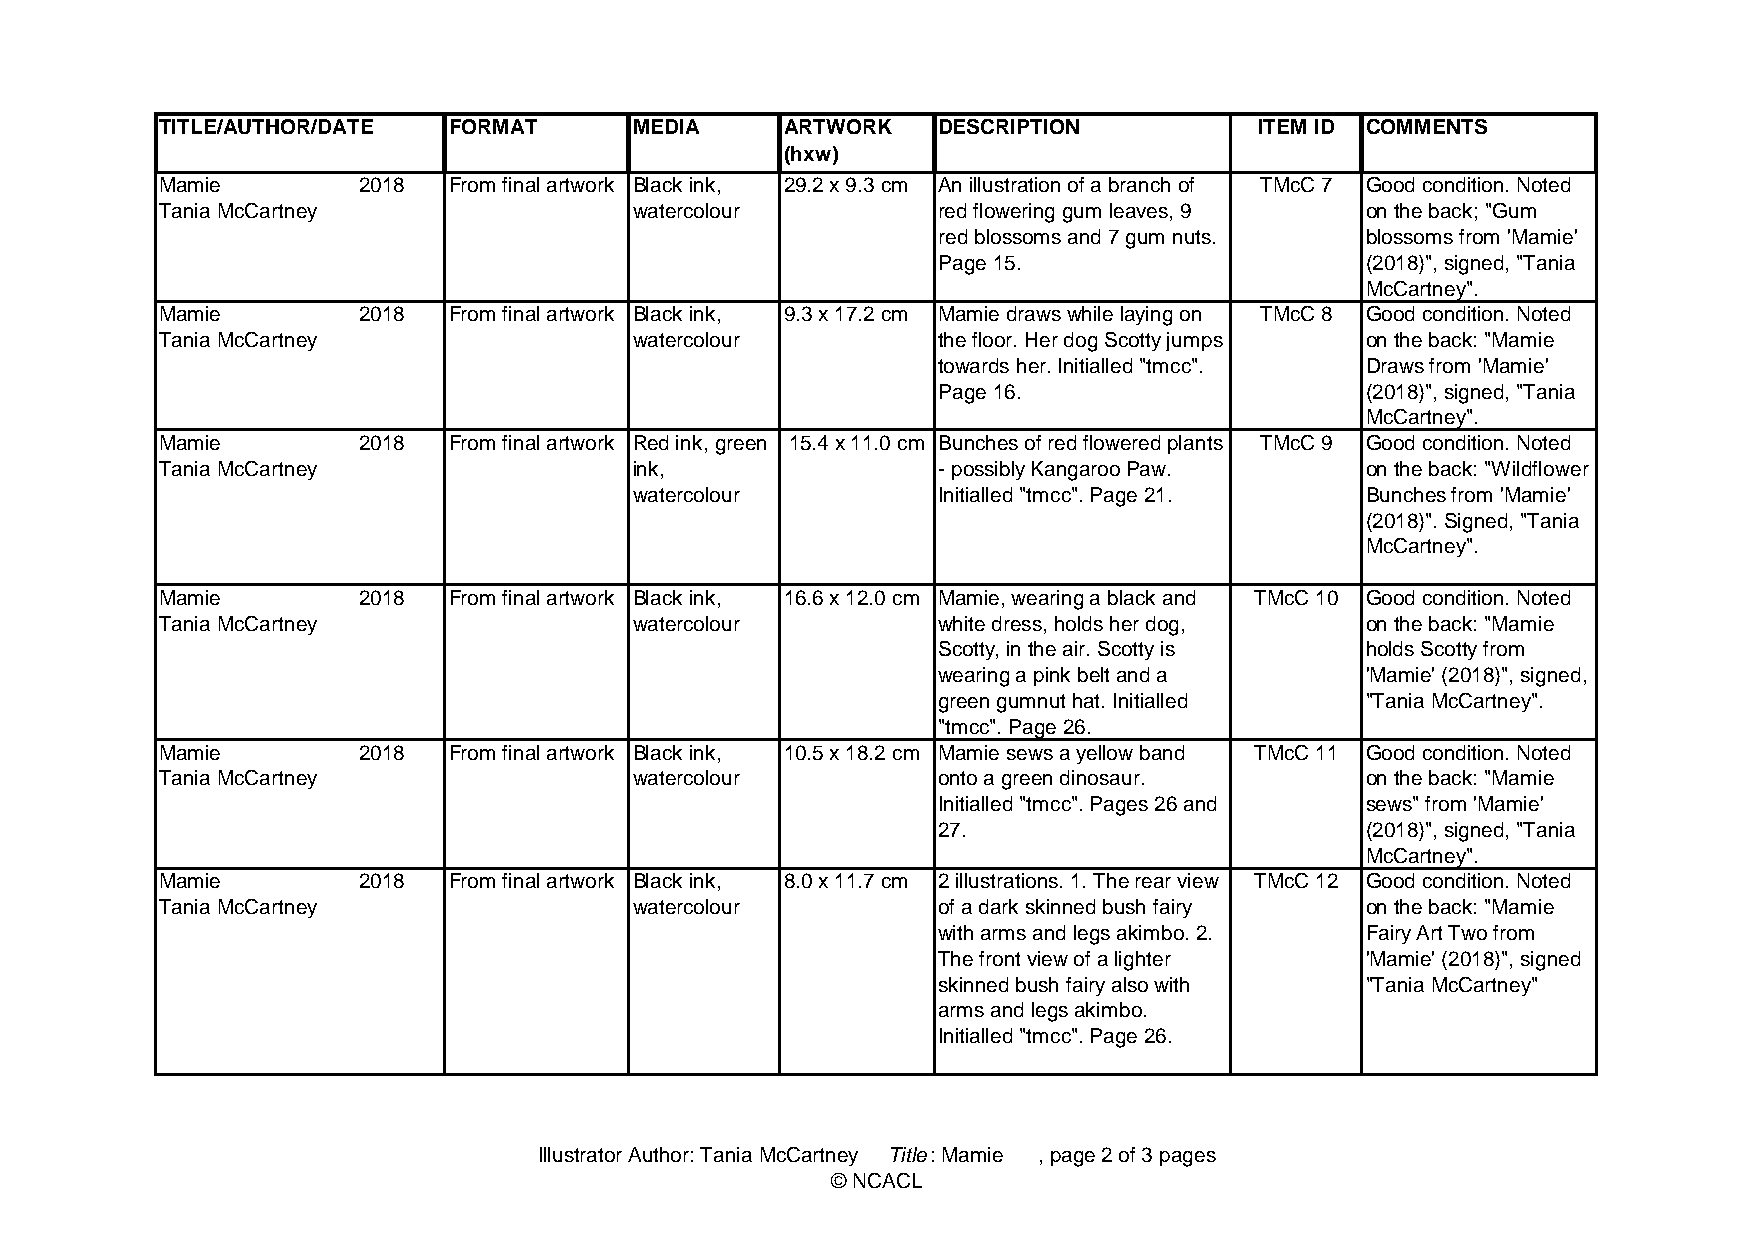
TITLE/AUTHOR/DATE  FORMAT      MEDIA     ARTWORK   DESCRIPTION          ITEM ID COMMENTS
 (hxw)
 Mamie        2018  F r o m final artwork Black ink, 29.2 x 9.3 cm An illustration of a branch of TMcC 7 Good condition. Noted
 Tania McCartney                watercolour         red flowering gum leaves, 9 on the back; "Gum
 red blossoms and 7 gum nuts. blossoms from 'Mamie'
 Page 15.                    (2018)", signed, "Tania
 McCartney".
 Mamie        2018  F r o m final artwork Black ink, 9.3 x 17.2 cm Mamie draws while laying on TMcC 8 Good condition. Noted
 Tania McCartney                watercolour         the floor. Her dog Scotty jumps on the back: "Mamie
 towards her. Initialled "tmcc". Draws from 'Mamie'
 Page 16.                    (2018)", signed, "Tania
 McCartney".
 Mamie        2018  F r o m final artwork Red ink, green 15.4 x 11.0 cm Bunches of red flowered plants TMcC 9 Good condition. Noted
 Tania McCartney                ink,                - possibly Kangaroo Paw.    on the back: "Wildflower
 watercolour         Initialled "tmcc". Page 21. Bunches from 'Mamie'
 (2018)". Signed, "Tania
 McCartney".
 Mamie        2018  F r o m final artwork Black ink, 16.6 x 12.0 cm Mamie, wearing a black and TMcC 10 Good condition. Noted
 Tania McCartney                watercolour         white dress, holds her dog, on the back: "Mamie
 Scotty, in the air. Scotty is holds Scotty from
 wearing a pink belt and a   'Mamie' (2018)", signed,
 green gumnut hat. Initialled "Tania McCartney".
 "tmcc". Page 26.
 Mamie        2018  F r o m final artwork Black ink, 10.5 x 18.2 cm Mamie sews a yellow band TMcC 11 Good condition. Noted
 Tania McCartney                watercolour         onto a green dinosaur.      on the back: "Mamie
 Initialled "tmcc". Pages 26 and sews" from 'Mamie'
 27.                         (2018)", signed, "Tania
 McCartney".
 Mamie        2018  F r o m final artwork Black ink, 8.0 x 11.7 cm 2 illustrations. 1. The rear view TMcC 12 Good condition. Noted
 Tania McCartney                watercolour         of a dark skinned bush fairy on the back: "Mamie
 with arms and legs akimbo. 2. Fairy Art Two from
 The front view of a lighter 'Mamie' (2018)", signed
 skinned bush fairy also with "Tania McCartney"
 arms and legs akimbo.
 Initialled "tmcc". Page 26.
 Illustrator Author: Tania McCartney Title: Mamie , page 2 of 3 pages
 © NCACL